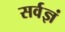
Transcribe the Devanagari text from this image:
सर्वज्ञं